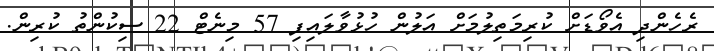
ރެހެންދި އެވޯޑަށް ކުރިމަތިލުމަށް އަލުން ހުޅުވާލައިފި 57 މިނެޓް 22 ސިކުންތު ކުރިން.